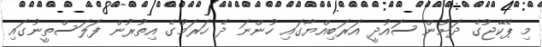
މި ޕެކޭޖުގެ ދަށުން ސައުދީ އަރަބިއްޔާގައި ހުންނަ ދެ ހަރަމުގެ އިތުރުން ފަލަސްތީނުގައި